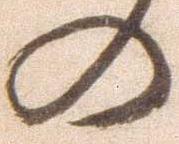
の